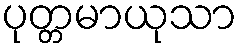
ပုတ္တမာယုသာ